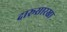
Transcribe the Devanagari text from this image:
दारूसारखा